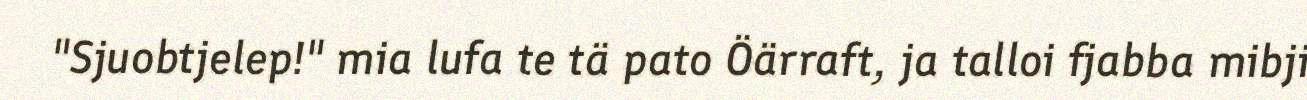
"Sjuobtjelep!" mia lufa te tä pato Öärraft, ja talloi fjabba mibji